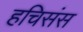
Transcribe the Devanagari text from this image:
हचिसंस